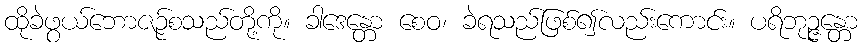
ထိုခဲဖွယ်ဘောဇဉ်စသည်တို့ကို။ ခါဒေန္တော စေဝ၊ ခဲရသည်ဖြစ်၍လည်းကောင်း။ ပရိဘုဉ္ဇန္တော